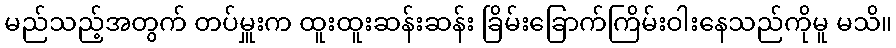
မည်သည့်အတွက် တပ်မှူးက ထူးထူးဆန်းဆန်း ခြိမ်းခြောက်ကြိမ်းဝါးနေသည်ကိုမူ မသိ။